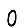
Digit: 0